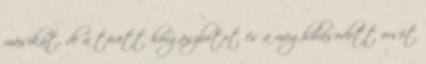
másikat, de a törött horgászbotot és a meghibásodott orsót